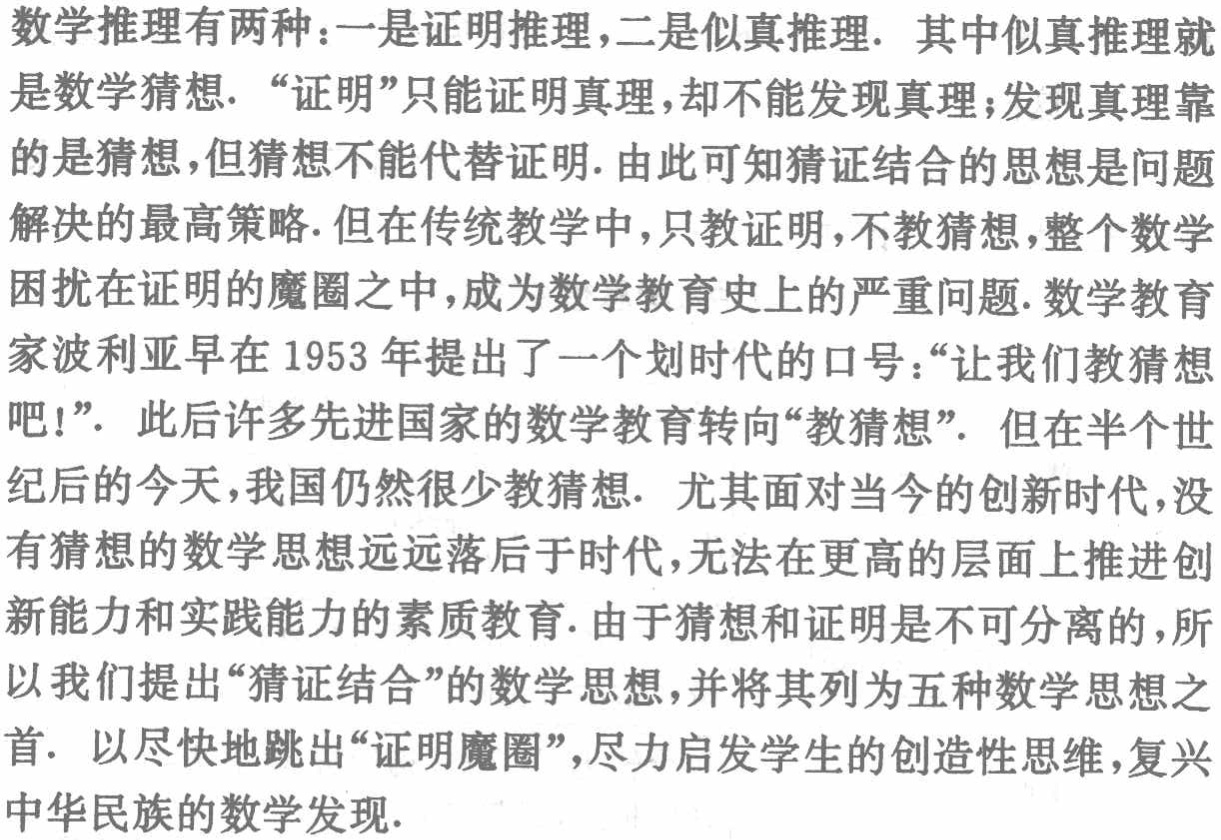
数学推理有两种：一是证明推理，二是似真推理. 其中似真推理就是数学猜想. “证明”只能证明真理，却不能发现真理；发现真理靠的是猜想，但猜想不能代替证明. 由此可知猜证结合的思想是问题解决的最高策略. 但在传统教学中，只教证明，不教猜想，整个数学困扰在证明的魔圈之中，成为数学教育史上的严重问题. 数学教育家波利亚早在1953 年提出了一个划时代的口号：“让我们教猜想吧！”. 此后许多先进国家的数学教育转向“教猜想”. 但在半个世纪后的今天，我国仍然很少教猜想. 尤其面对当今的创新时代，没有猜想的数学思想远远落后于时代，无法在更高的层面上推进创新能力和实践能力的素质教育. 由于猜想和证明是不可分离的，所以我们提出“猜证结合”的数学思想，并将其列为五种数学思想之首. 以尽快地跳出“证明魔圈”，尽力启发学生的创造性思维，复兴中华民族的数学发现.